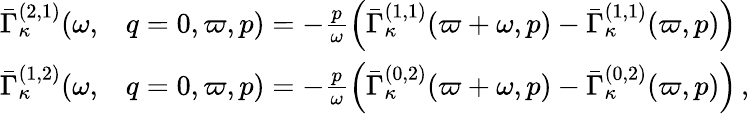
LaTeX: \begin{array}{rl}{\bar{\Gamma}_{\kappa}^{(2,1)}(\omega,}&{q=0,\varpi,p)=-\frac{p}{\omega}\Big(\bar{\Gamma}_{\kappa}^{(1,1)}(\varpi+\omega,p)-\bar{\Gamma}_{\kappa}^{(1,1)}(\varpi,p)\Big)}\\ {\bar{\Gamma}_{\kappa}^{(1,2)}(\omega,}&{q=0,\varpi,p)=-\frac{p}{\omega}\Big(\bar{\Gamma}_{\kappa}^{(0,2)}(\varpi+\omega,p)-\bar{\Gamma}_{\kappa}^{(0,2)}(\varpi,p)\Big)\, ,}\end{array}